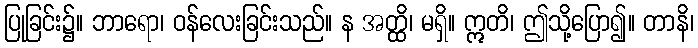
ပြုခြင်း၌။ ဘာရော၊ ဝန်လေးခြင်းသည်။ န အတ္ထိ၊ မရှိ။ ဣတိ၊ ဤသို့ပြော၍။ တာနိ၊